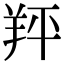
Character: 䍬